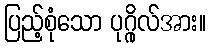
ပြည့်စုံသော ပုဂ္ဂိုလ်အား။